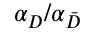
\alpha _ { D } / \alpha _ { \bar { D } }